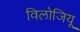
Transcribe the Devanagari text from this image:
विलोजियू